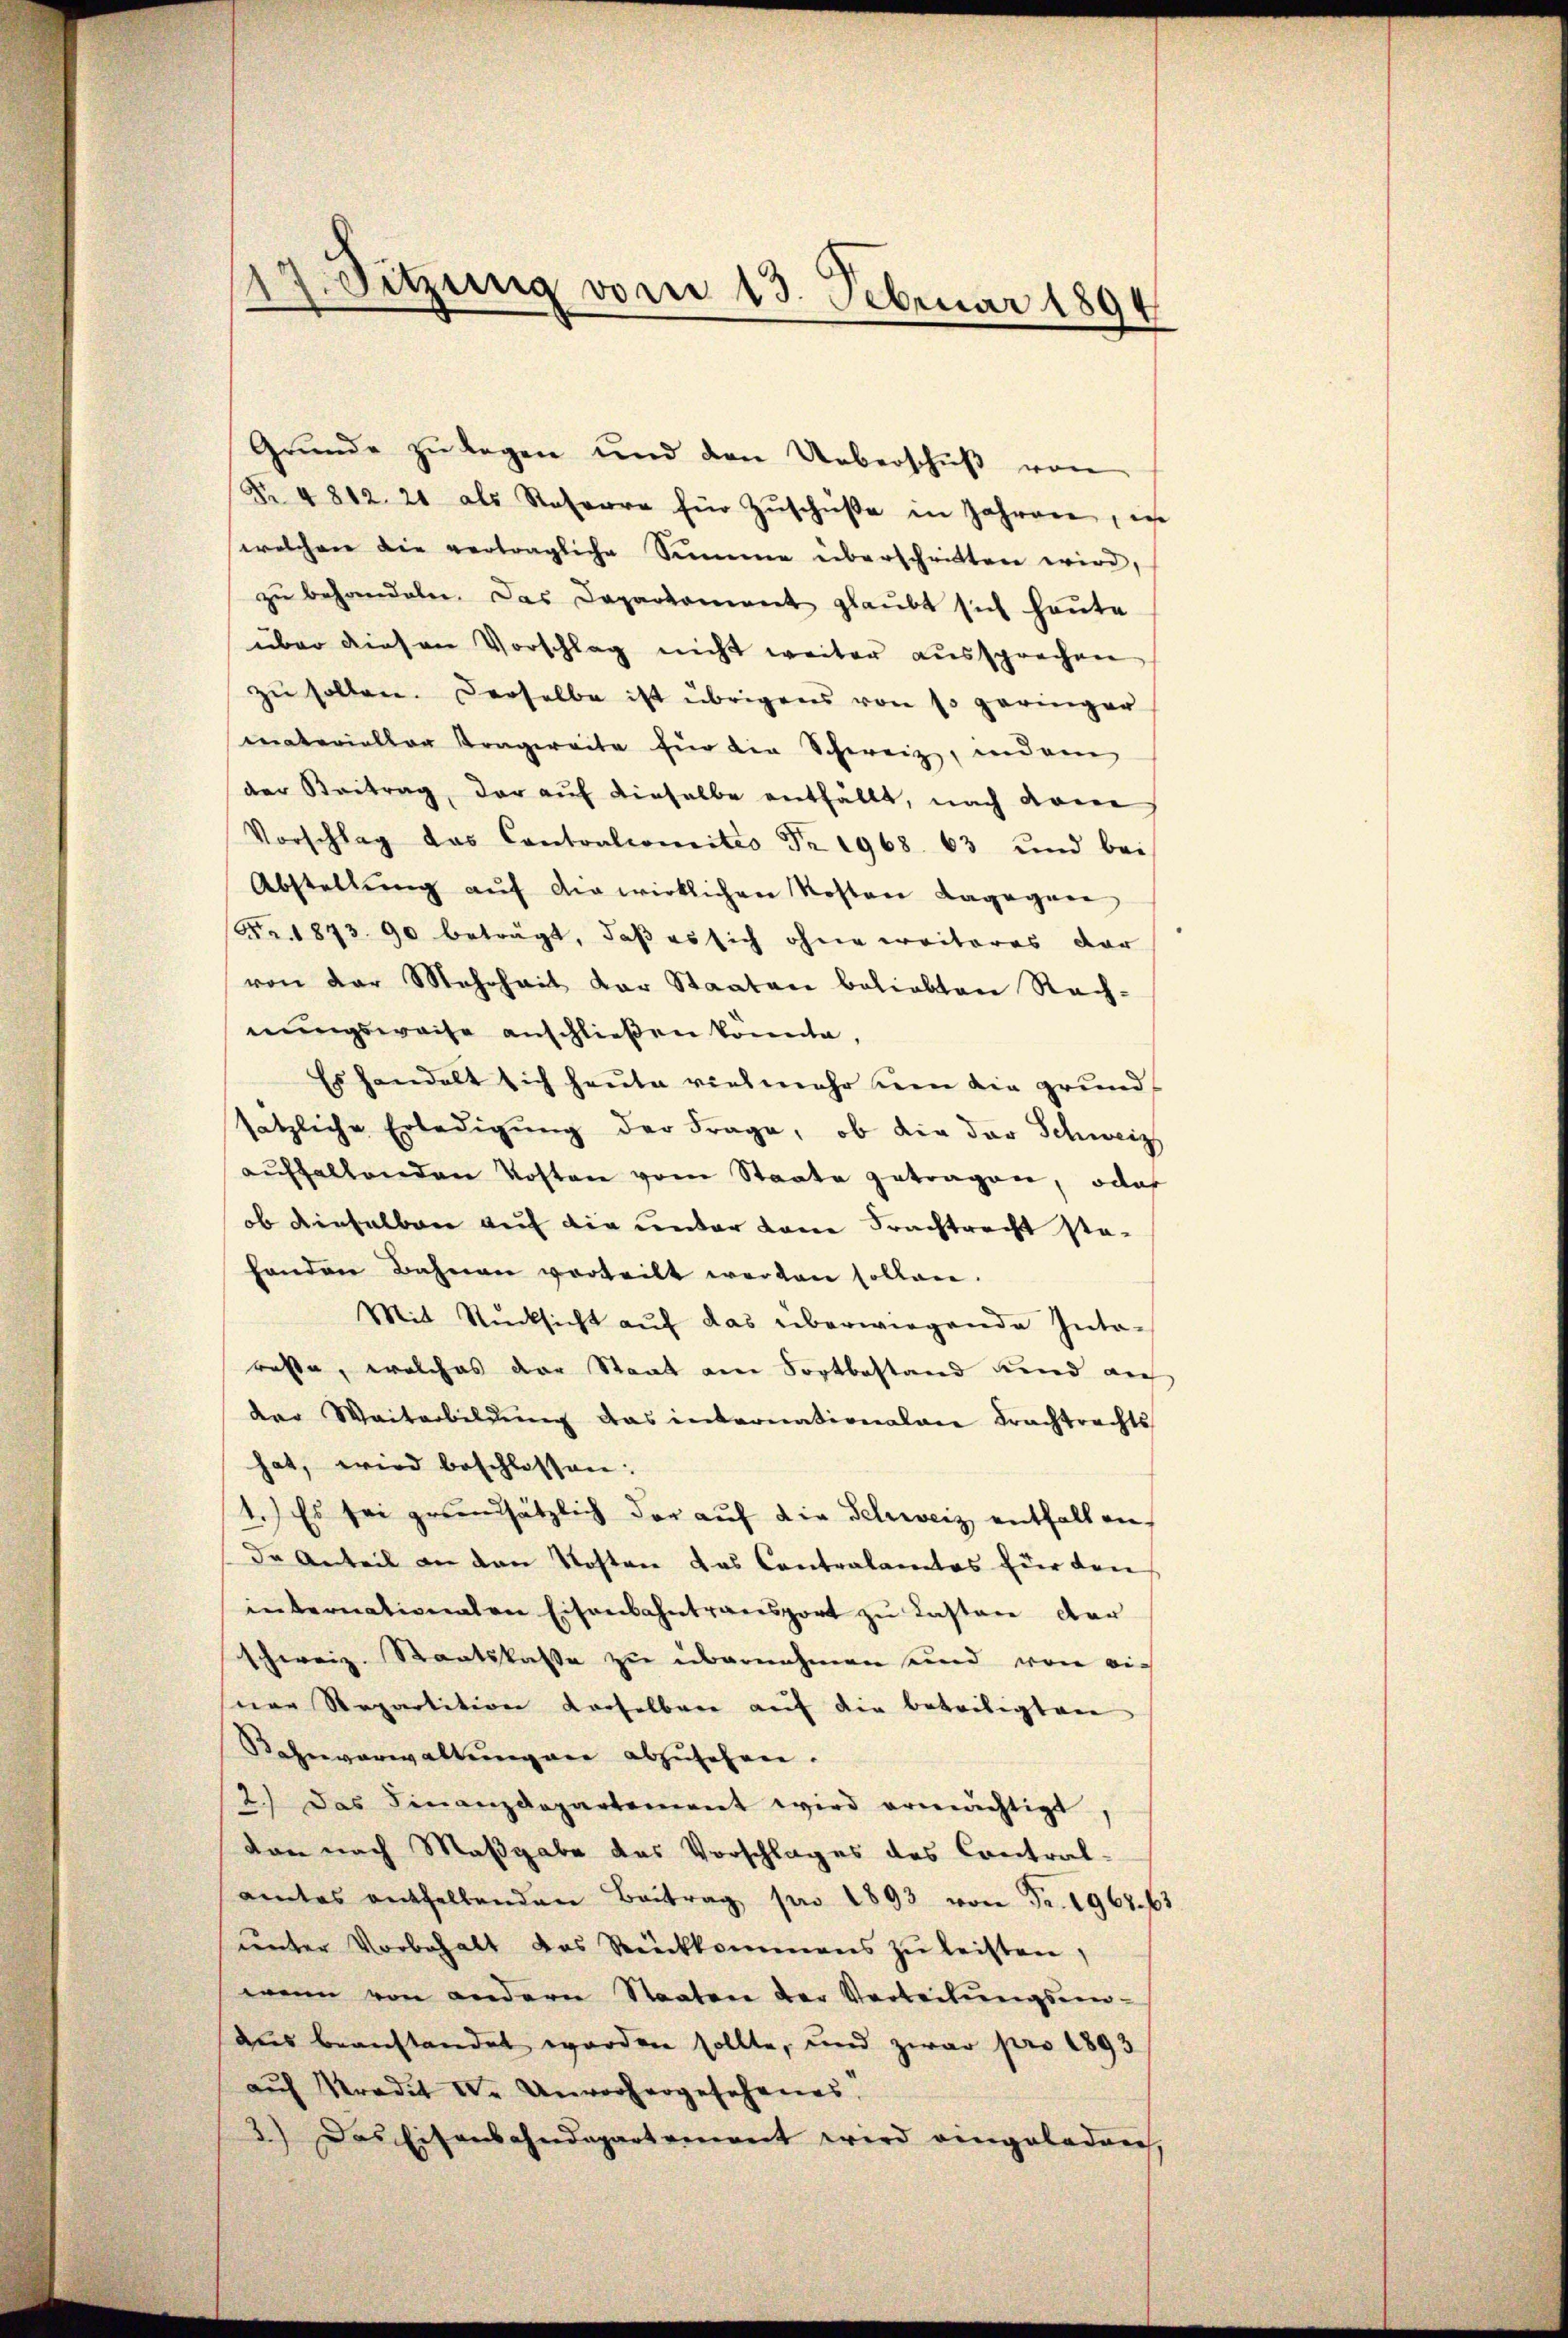
d
Sitzung vom 13. Februar 1894

Grŭnde zŭ legen und den Ueberschŭβ von
Nr. 4812. 21 als Referre für Zuschüße in Jahren, in
welcher die vertragliche Simme überschriften wird,
zŭ behandeln. Das Daparkoment glaubt sich heute
über diesen Vorschlag nicht weiter aussprechen
zu sollen. Derselbe ist übrigens von so geringer
materieller Tragereite für die Schweiz, indem
der Beitrag, der auf dieselbe entfällt, nach deine
Vorschlag das Contoalcomites Fr. 1968. 63 und bei
Abstellung auf den wirklichen Kosten Lagegene
Nr. 1873 90 beträgt, daß es sich ohne weiteres dar
von der Mehrheit der Staaten beliebten Rach-
nungsweise anschließen könnte
Es handelt sich heute vielmehr en die grundsätzliche Erledigŭng der Frage, ob die der Schweiz
aufhaltenden Kosten vom Staate getragen, oder
ob dieselben auf die unter dene Frachtrecht stahanden Bahnen vorteilt werden sollen.
Mit Rücksicht aŭf das überwiegende Inta-
rasse, welches der Staat am Fortbestand und auf
der Weiterbildung das internationalen Frachtrechts
hat, wird beschlossen:
1.) Es sei grundsätzlich der auf die Schweiz entfallen,
de Anteil an den Kosten das Contralamtes für den
internationalen Eisenbahntransport zu Lasten der
schweiz. Staatskasse zu übernehmen und von einer Repartition derselbare auf die beteiligten
Rahnverwaltŭngene abzŭsehen.
2.) Das Finanzdepartement wird ermächtigt
von nach Maßgabe das Vorschlages des Contral-
amtes enthaltenden Beitrag pro 1893 von Fr. 1967. 63
unter Vorbehalt das Rückkommens zu leisten,
wenn von andern Staaten der Verteilŭngsein-
aus beanstandet worden sollte, und zwar pro 1893
auf Sradit Dr. Unvorhergesehenes,
3.) Das Eisenbahndepartement wird angeladarch,